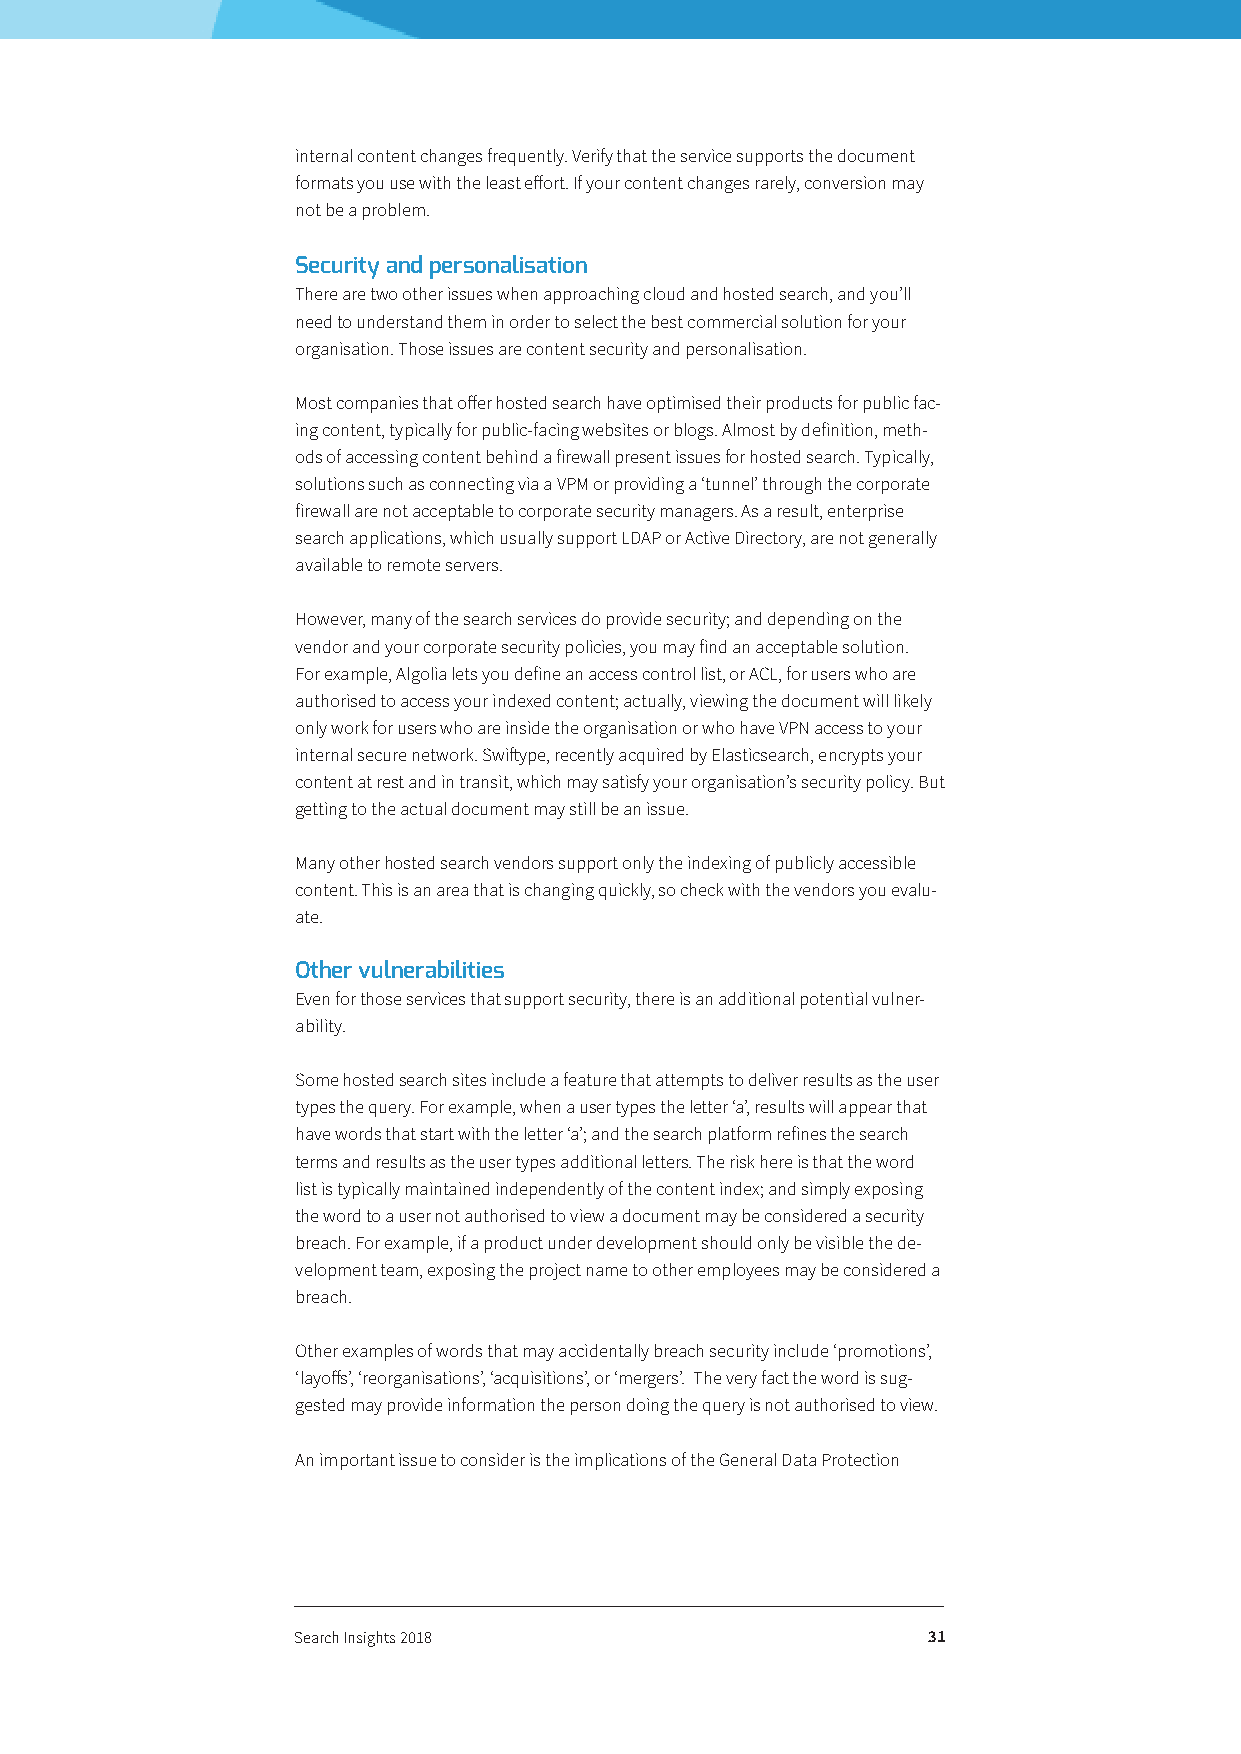
internal content changes frequently. Verify that the service supports the document
 formats you use with the least effort. If your content changes rarely, conversion may
 not be a problem.
 Security and personalisation
 There are two other issues when approaching cloud and hosted search, and you’ll
 need to understand them in order to select the best commercial solution for your
 organisation. Those issues are content security and personalisation.
 Most companies that offer hosted search have optimised their products for public fac-
 ing content, typically for public-facing websites or blogs. Almost by definition, meth-
 ods of accessing content behind a firewall present issues for hosted search. Typically,
 solutions such as connecting via a VPM or providing a ‘tunnel’ through the corporate
 firewall are not acceptable to corporate security managers. As a result, enterprise
 search applications, which usually support LDAP or Active Directory, are not generally
 available to remote servers.
 However, many of the search services do provide security; and depending on the
 vendor and your corporate security policies, you may find an acceptable solution.
 For example, Algolia lets you define an access control list, or ACL, for users who are
 authorised to access your indexed content; actually, viewing the document will likely
 only work for users who are inside the organisation or who have VPN access to your
 internal secure network. Swiftype, recently acquired by Elasticsearch, encrypts your
 content at rest and in transit, which may satisfy your organisation’s security policy. But
 getting to the actual document may still be an issue.
 Many other hosted search vendors support only the indexing of publicly accessible
 content. This is an area that is changing quickly, so check with the vendors you evalu-
 ate.
 Other vulnerabilities
 Even for those services that support security, there is an additional potential vulner-
 ability.
 Some hosted search sites include a feature that attempts to deliver results as the user
 types the query. For example, when a user types the letter ‘a’, results will appear that
 have words that start with the letter ‘a’; and the search platform refines the search
 terms and results as the user types additional letters. The risk here is that the word
 list is typically maintained independently of the content index; and simply exposing
 the word to a user not authorised to view a document may be considered a security
 breach. For example, if a product under development should only be visible the de-
 velopment team, exposing the project name to other employees may be considered a
 breach.
 Other examples of words that may accidentally breach security include ‘promotions’,
 ‘layoffs’, ‘reorganisations’, ‘acquisitions’, or ‘mergers’. The very fact the word is sug-
 gested may provide information the person doing the query is not authorised to view.
 An important issue to consider is the implications of the General Data Protection
 Search Insights 2018                      31